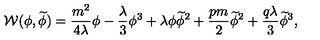
{ \cal W } ( \phi , \widetilde \phi ) = \frac { m ^ { 2 } } { 4 \lambda } \phi - \frac { \lambda } { 3 } \phi ^ { 3 } + \lambda \phi \widetilde \phi ^ { 2 } + \frac { p m } { 2 } \widetilde \phi ^ { 2 } + \frac { q \lambda } { 3 } \widetilde \phi ^ { 3 } ,